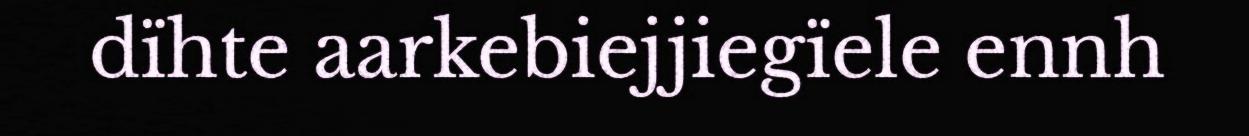
dïhte aarkebiejjiegïele ennh